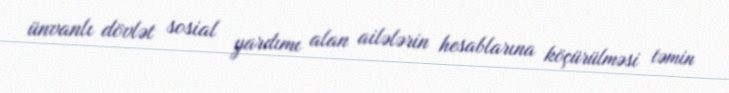
ünvanlı dövlət sosial yardımı alan ailələrin hesablarına köçürülməsi təmin